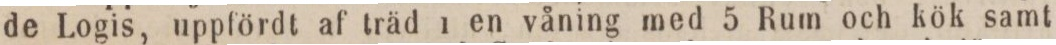
de Logis, uppfördt af träd i en våning med 5 Rum och kök samt